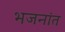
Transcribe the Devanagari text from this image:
भजनांत